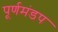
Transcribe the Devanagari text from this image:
पूर्णमंडप